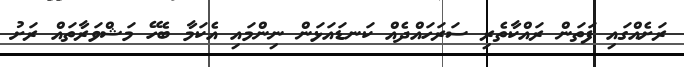
ރަށެއްގައި ފަތަން ރައްކާތެރި ސަރަހައްދެއް ކަނޑައަޅަން ނިންމައި އެކަމާ ބެހޭ މަޝްވަރާތައް ރަށު